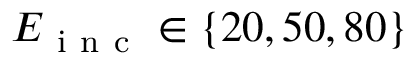
E _ { \mathrm { ~ i ~ n ~ c ~ } } \in \{ 2 0 , 5 0 , 8 0 \}